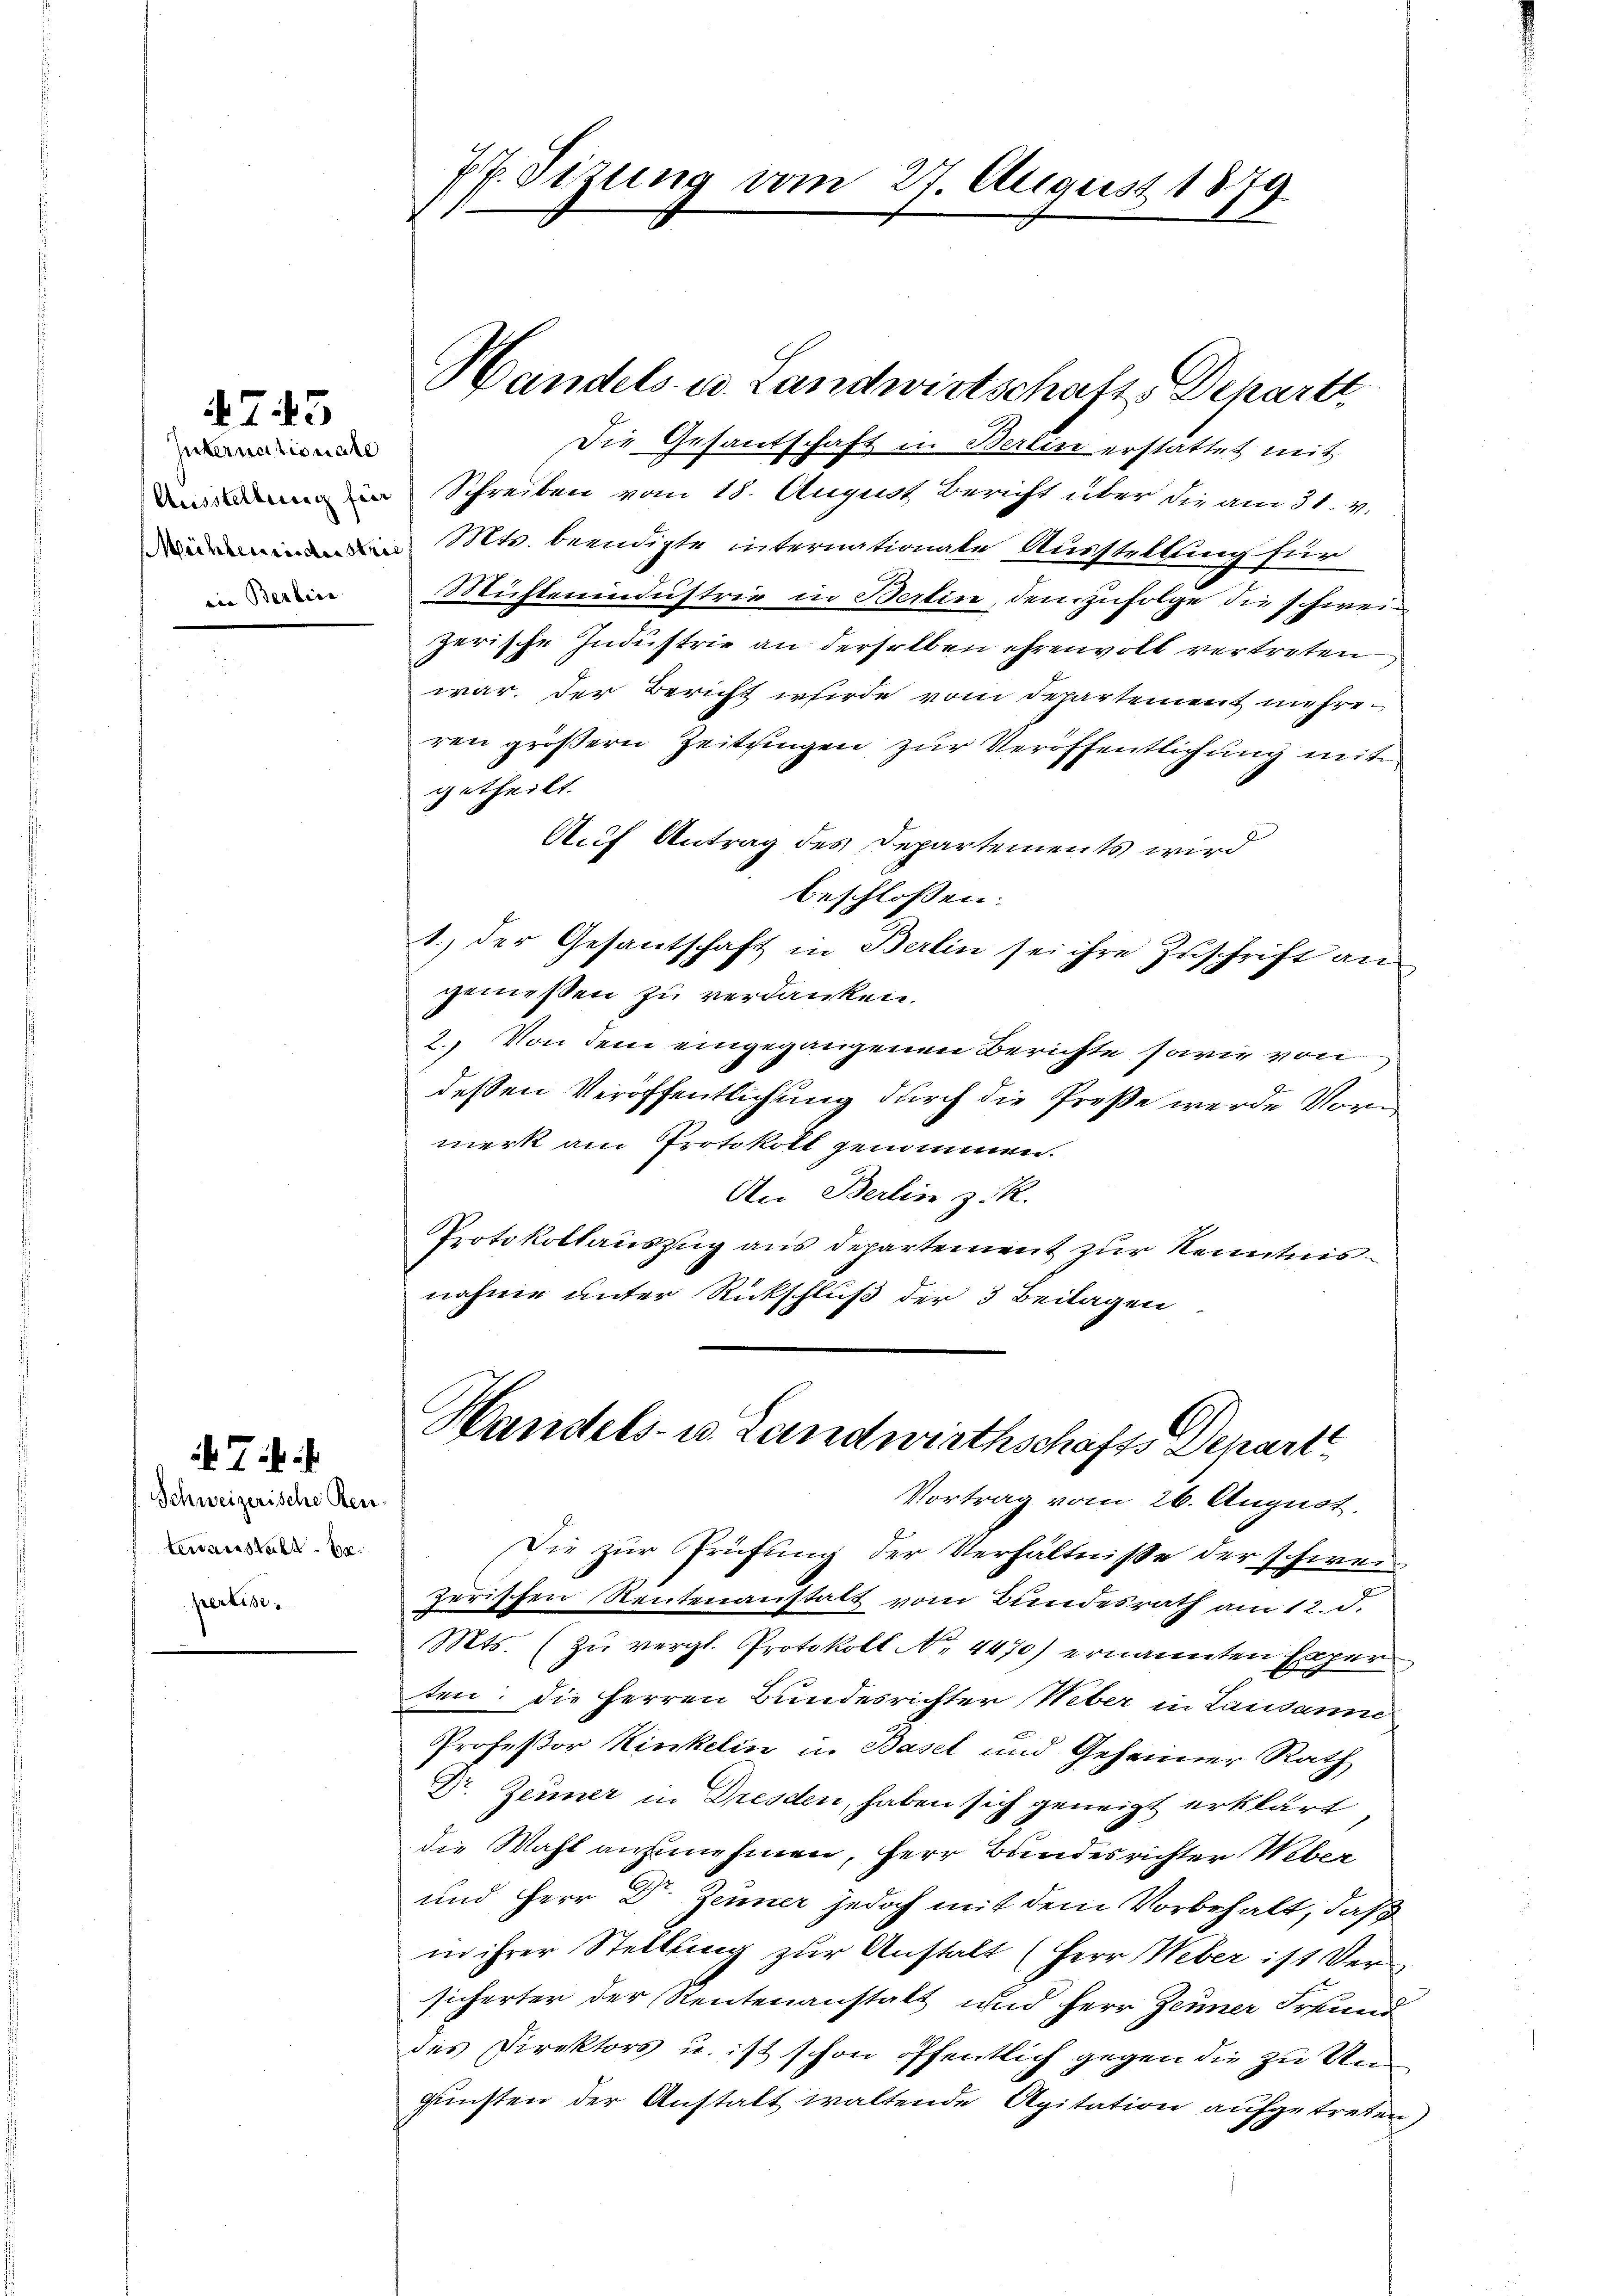
475

Internationate
Ausstellung für
ein Berline

Schweizerische Rentenanstalt. Br
pertise.

Ti.

77. Sizung vom 27. August 1879

Handels u. Landwirtschafts Departt
Die Gesantschaft in Berlin erstattet mit
Schreiben vom 18. August Bericht über die am 31. V.
 Mts. beendigte internationale Ausstellung für
Müstenindustrie in Berlin, demzufolge die schweizerische Industrie an derselben ehrenvoll vertreten
war. Der Bericht werde vom Departement mehreren größern Zeitungen zur Veröffentlichung mit
getheilt.
Auf Antrag des Departements wird
beschlossen:
1.) der Gesantschaft in Berlin sei ihre Zuschrift an
gemeßen zu verdanken.
2. Von dem eingegangenen Berichte sowie von
dessen Veröffentlichung durch die Preße werde Vormerk am Protokoll genommen.
An Berlin z. R.
Protokollauszug aus Departement zur Kenntnisnahme unter Rückschluß der 3 Beilagen
Handels- u. Landwirthschafts Depart
Vortrag vom 26. August,
Die zur Prüfung der Verhältniße der schwer
zerischen Reutenanstatt vom Bundesrath am 12. d.
Mts. (zu vergl. Protokoll No 4470) ernannten Exper
ten: Die Herren Bundesrichter Weber in Lausanne
Professor Kinkelin in Basel und Geheimer Rath
Dr. Zeuner in Dresden, haben sich geneigt erklärt
die Wahl anzunehmen, Herr Bundesrichter Weber
und Herr Dr. Zeumer jedoch mit dem Vorbehalt, daß
in ihrer Stellung zur Anstalt (Herr Weber ist Versicherter der Reutenanstalt und Herr Zeuner Freund
des Direktors u. ist schon öffentlich gegen die zu Ungunsten der Anstalt waltende Agitation aufgetreten,